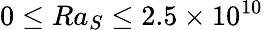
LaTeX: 0\le Ra_{S}\le 2.5\times 10^{10}